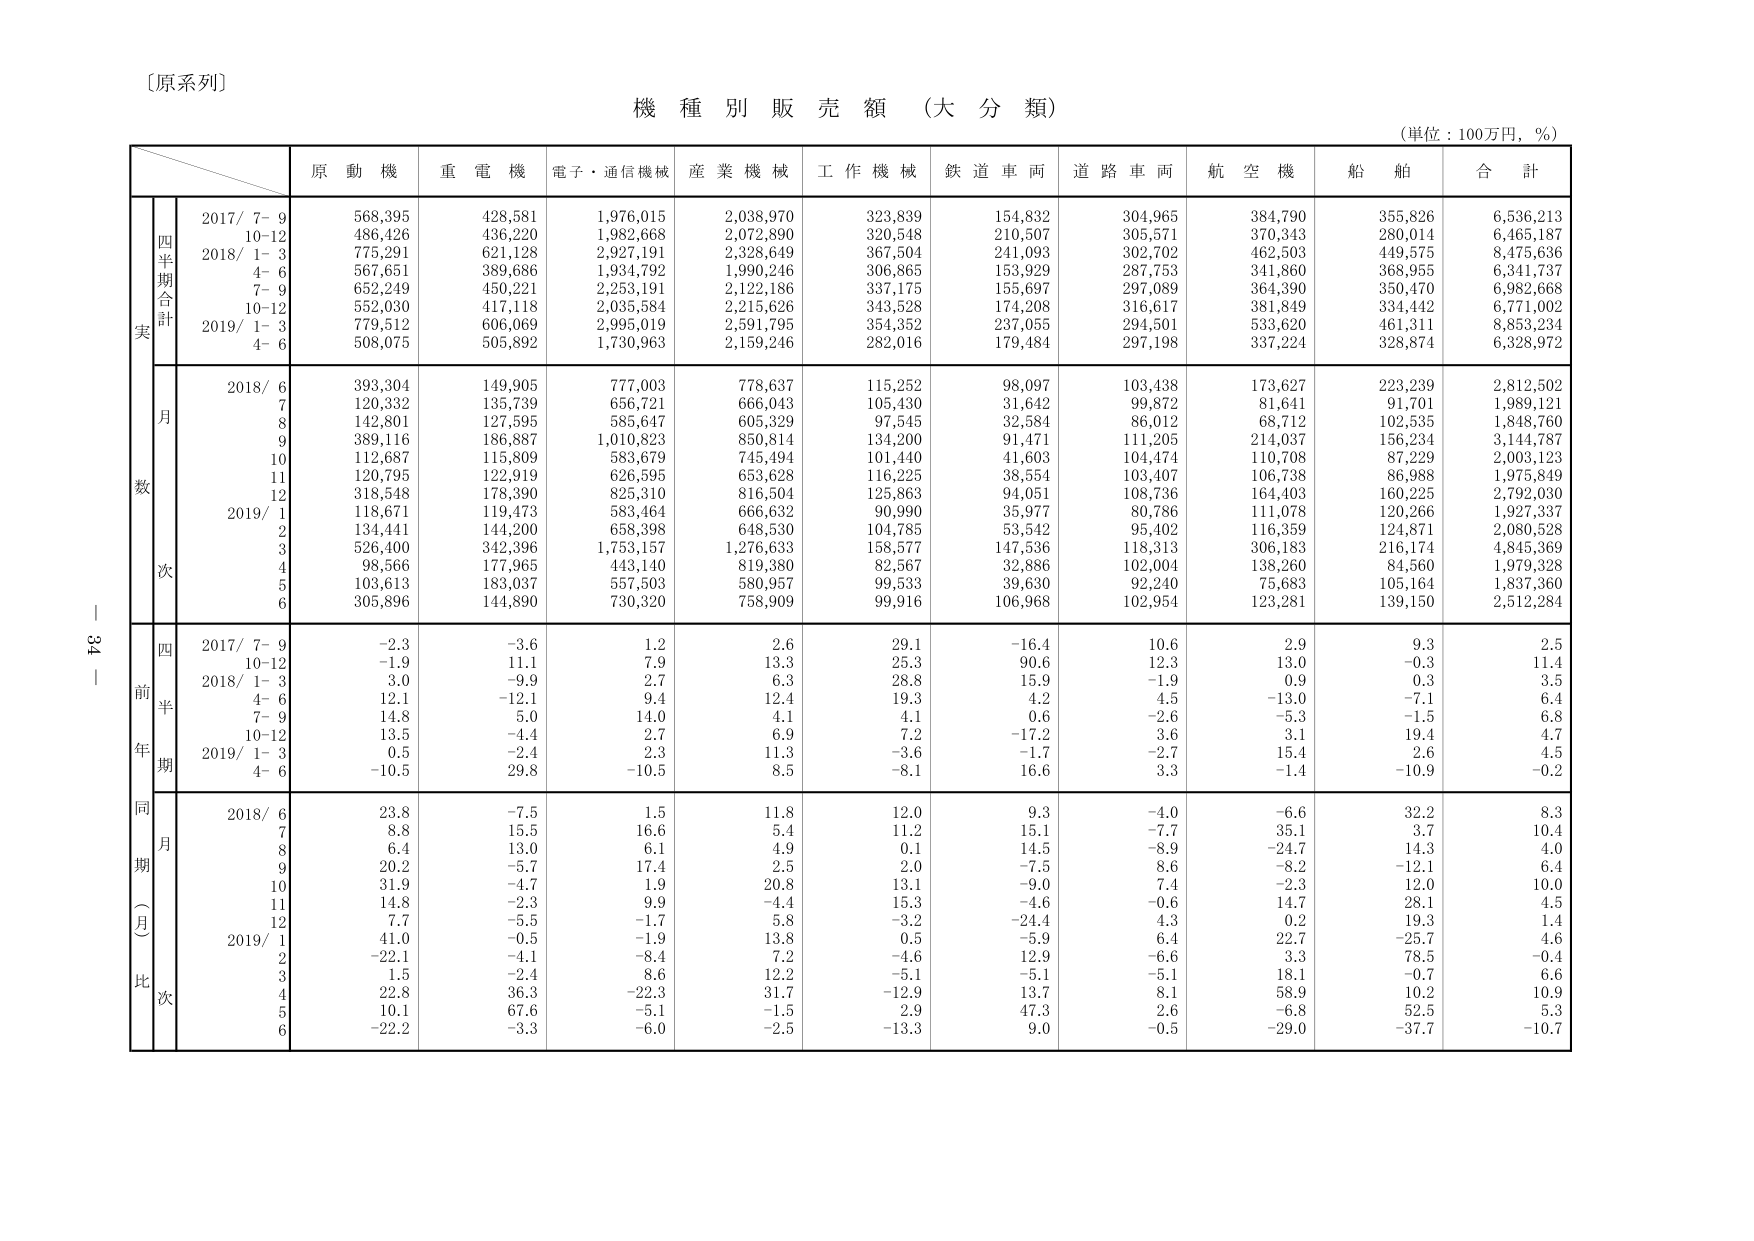
〔原系列〕
機 種 別 販 売 額 （大 分 類）
（単位：100万円，％）

原 動 機　重 電 機　電子・通信機械　産 業 機 械　工 作 機 械　鉄 道 車 両　道 路 車 両　航 空 機　船 舶　合 計

実
四半期合計
2017/ 7- 9　568,395　428,581　1,976,015　2,038,970　323,839　154,832　304,965　384,790　355,826　6,536,213
　　　10-12　486,426　436,220　1,982,668　2,072,890　320,548　210,507　305,571　370,343　280,014　6,465,187
2018/ 1- 3　775,291　621,128　2,927,191　2,328,649　367,504　241,093　302,702　462,503　449,575　8,475,636
　　　4- 6　567,651　389,686　1,934,792　1,990,246　306,865　153,929　287,753　341,860　368,955　6,341,737
　　　7- 9　652,249　450,221　2,253,191　2,122,186　337,175　155,697　297,089　364,390　350,470　6,982,668
　　　10-12　552,030　417,118　2,035,584　2,215,626　343,528　174,208　316,617　381,849　334,442　6,771,002
2019/ 1- 3　779,512　606,069　2,995,019　2,591,795　354,352　237,055　294,501　533,620　461,311　8,853,234
　　　4- 6　508,075　505,892　1,730,963　2,159,246　282,016　179,484　297,198　337,224　328,874　6,328,972

数
月
2018/ 6　393,304　149,905　777,003　778,637　115,252　98,097　103,438　173,627　223,239　2,812,502
　　　7　120,332　135,739　656,721　666,043　105,430　31,642　99,872　81,641　91,701　1,989,121
　　　8　142,801　127,595　585,647　605,329　97,545　32,584　86,012　68,712　102,535　1,848,760
　　　9　389,116　186,887　1,010,823　850,814　134,200　91,471　111,205　214,037　156,234　3,144,787
　　　10　112,687　115,809　583,679　745,494　101,440　41,603　104,474　110,708　87,229　2,003,123
　　　11　120,795　122,919　626,595　653,628　116,225　38,554　103,407　106,738　86,988　1,975,849
　　　12　318,548　178,390　825,310　816,504　125,863　94,051　108,736　164,403　160,225　2,792,030
2019/ 1　118,671　119,473　583,464　666,632　90,990　35,977　80,786　111,078　120,266　1,927,337
　　　2　134,441　144,200　658,398　648,530　104,785　53,542　95,402　116,359　124,871　2,080,528
　　　3　526,400　342,396　1,753,157　1,276,633　158,577　147,536　118,313　306,183　216,174　4,845,369
　　　4　98,566　177,965　443,140　819,380　82,567　32,886　102,004　138,260　84,560　1,979,328
　　　5　103,613　183,037　557,503　580,957　99,533　39,630　92,240　75,683　105,164　1,837,360
　　　6　305,896　144,890　730,320　758,909　99,916　106,968　102,954　123,281　139,150　2,512,284

前年同期比
四半期
2017/ 7- 9　-2.3　-3.6　1.2　2.6　29.1　-16.4　10.6　2.9　9.3　2.5
　　　10-12　-1.9　11.1　7.9　13.3　25.3　90.6　12.3　13.0　-0.3　11.4
2018/ 1- 3　3.0　-9.9　2.7　6.3　28.8　15.9　-1.9　0.9　0.3　3.5
　　　4- 6　12.1　-12.1　9.4　12.4　19.3　4.2　4.5　-13.0　-7.1　6.4
　　　7- 9　14.8　5.0　14.0　4.1　4.1　0.6　-2.6　-5.3　-1.5　6.8
　　　10-12　13.5　-4.4　2.7　6.9　7.2　-17.2　3.6　3.1　19.4　4.7
2019/ 1- 3　0.5　-2.4　2.3　11.3　-3.6　-1.7　-2.7　15.4　2.6　4.5
　　　4- 6　-10.5　29.8　-10.5　8.5　-8.1　16.6　3.3　-1.4　-10.9　-0.2

同期（月）比
月
2018/ 6　23.8　-7.5　1.5　11.8　12.0　9.3　-4.0　-6.6　32.2　8.3
　　　7　8.8　15.5　16.6　5.4　11.2　15.1　-7.7　35.1　3.7　10.4
　　　8　6.4　13.0　6.1　4.9　0.1　14.5　-8.9　-24.7　14.3　4.0
　　　9　20.2　-5.7　17.4　2.5　2.0　-7.5　8.6　-8.2　-12.1　6.4
　　　10　31.9　-4.7　1.9　20.8　13.1　-9.0　7.4　-2.3　12.0　10.0
　　　11　14.8　-2.3　9.9　-4.4　15.3　-4.6　-0.6　14.7　28.1　4.5
　　　12　7.7　-5.5　-1.7　5.8　-3.2　-24.4　4.3　0.2　19.3　1.4
2019/ 1　41.0　-0.5　-1.9　13.8　0.5　-5.9　6.4　22.7　-25.7　4.6
　　　2　-22.1　-4.1　-8.4　7.2　-4.6　12.9　-6.6　3.3　78.5　-0.4
　　　3　1.5　-2.4　8.6　12.2　-5.1　-5.1　-5.1　18.1　-0.7　6.6
　　　4　22.8　36.3　-22.3　31.7　-12.9　13.7　8.1　58.9　10.2　10.9
　　　5　10.1　67.6　-5.1　-1.5　2.9　47.3　2.6　-6.8　52.5　5.3
　　　6　-22.2　-3.3　-6.0　-2.5　-13.3　9.0　-0.5　-29.0　-37.7　-10.7

－ 34 －